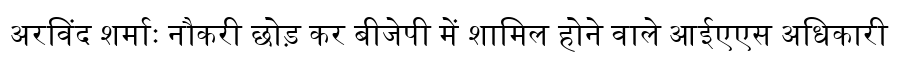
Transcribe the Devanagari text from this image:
अरविंद शर्माः नौकरी छोड़ कर बीजेपी में शामिल होने वाले आईएएस अधिकारी